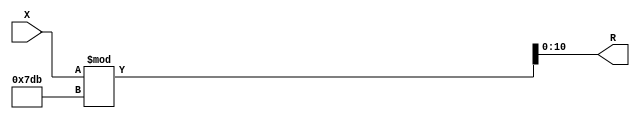
module x_500_mod_2011_reg(
    input [500:1] X,
    output [11:1] R
    );


assign R = X % 2011;

endmodule